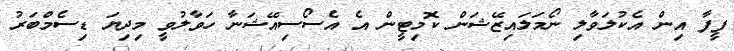
ފީފާ އިން އެކުލަވާލި ނޯމަލައިޒޭޝަން ކޮމިޓީން އެ އެސޯސިއޭޝަނާ ހަވާލުވީ މިދިޔަ ޑިސެމްބަރު